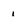
Character: i